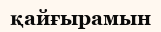
қайғырамын